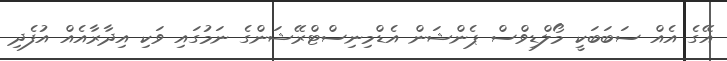
އޭގެ އެއް ސަބަބަކީ މޯލްޑިވްސް ޕެންޝަން އެޑްމިނިސްޓްރޭޝަންގެ ނަމުގައި ވަކި އިދާރާއެއް އުފެދި